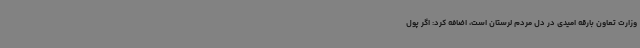
وزارت تعاون بارقه امیدی در دل مردم لرستان است، اضافه کرد: اگر پول